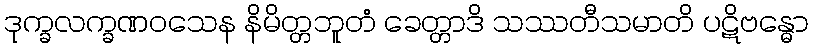
ဒုက္ခလက္ခဏဝသေန နိမိတ္တဘူတံ ခေတ္တာဒိ သဿတီသမာတိ ပဋိဗန္ဓော